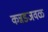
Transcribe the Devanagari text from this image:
कन्नडजवळ